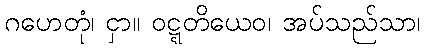
ဂဟေတုံ၊ ငှာ။ ဝဋ္ဋတိယေဝ၊ အပ်သည်သာ၊